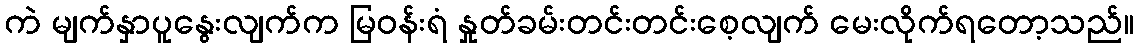
ကဲ မျက်နှာပူနွေးလျက်က မြဝန်းရံ နှုတ်ခမ်းတင်းတင်းစေ့လျက် မေးလိုက်ရတော့သည်။